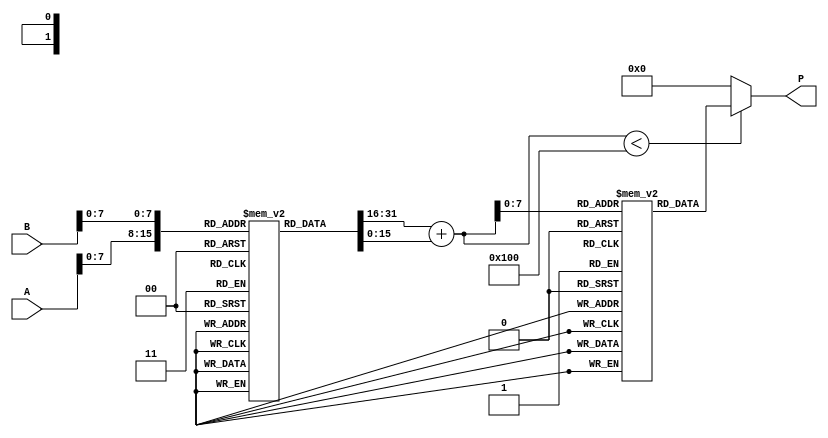
module LogarithmicMultiplier (
    input [15:0] A, // 16-bit input A
    input [15:0] B, // 16-bit input B
    output reg [31:0] P // 32-bit output product
);

    // Lookup tables for logarithm and exponential
    reg [15:0] log_table [0:255];    // Logarithm lookup table
    reg [31:0] exp_table [0:255];    // Exponential lookup table

    // Initialize lookup tables (for demonstration purposes)
    initial begin
        // Populate log_table with ln values (in fixed-point format)
        // This is just a placeholder; actual values need to be calculated.
        log_table[0] = 16'b0; // ln(1)
        // Fill with more values as needed...

        // Populate exp_table with e^x values (in fixed-point format)
        exp_table[0] = 32'b1; // e^0
        // Fill with more values as needed...
    end

    // Intermediate registers for logarithmic values
    reg [15:0] ln_A;
    reg [15:0] ln_B;
    reg [15:0] ln_sum;

    always @(*) begin
        // Convert A and B to logarithmic values using lookup table
        ln_A = log_table[A[7:0]]; // Assuming A is in the range of the lookup table
        ln_B = log_table[B[7:0]]; // Assuming B is in the range of the lookup table

        // Add logarithmic values
        ln_sum = ln_A + ln_B;

        // Convert back to linear domain using exponential lookup
        if (ln_sum[15:0] < 256) // Ensure ln_sum is within the lookup table range
            P = exp_table[ln_sum[7:0]];
        else
            P = 32'b0; // Handle overflow or out-of-range conditions
    end

endmodule